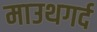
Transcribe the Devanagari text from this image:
माउथगर्द